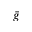
\Bar { g }